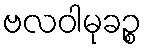
ဗလဝါမုခဉ္စ